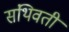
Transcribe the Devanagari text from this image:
संथिवती